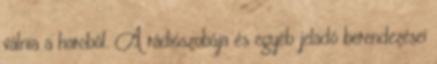
válnia a harcból. A rádiószobája és egyéb jeladó berendezései